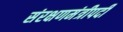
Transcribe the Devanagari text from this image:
संरक्षणमंत्रीपदी